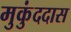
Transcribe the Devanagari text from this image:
मुकुंददास